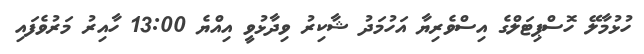
ހުޅުމާލޭ ހޮސްޕިޓަލްގެ އިސްވެރިޔާ އަހުމަދު ޝާކިރު ވިދާޅުވީ އިއްޔެ 13:00 ހާއިރު މަރުވެފައި